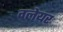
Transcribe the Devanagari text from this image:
ग्‍लेयर